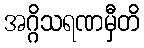
အဂ္ဂိသရဏမှီတိ